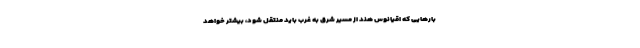
بارهایی که اقیانوس هند از مسیر شرق به غرب باید منتقل شود، بیشتر خواهد